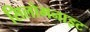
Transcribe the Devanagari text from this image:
सिलोमनाइट